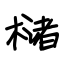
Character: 槠